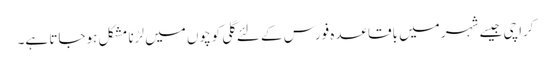
کراچی جیسے شہر میں باقاعدہ فورس کے لئے گلی کوچوں میں لڑنا مشکل ہوجاتا ہے۔